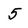
Character: 5